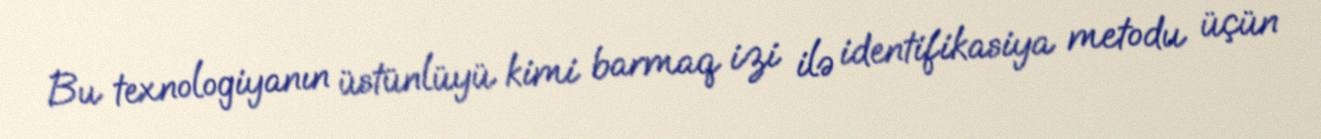
Bu texnologiyanın üstünlüyü kimi barmaq izi ilə identifikasiya metodu üçün